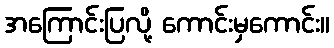
အကြောင်းပြလို့ ကောင်းမှကောင်း။